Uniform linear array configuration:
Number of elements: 24
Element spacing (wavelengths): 0.5
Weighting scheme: cosine
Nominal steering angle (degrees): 0
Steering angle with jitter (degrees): -1.878
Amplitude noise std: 0.05
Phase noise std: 0.05

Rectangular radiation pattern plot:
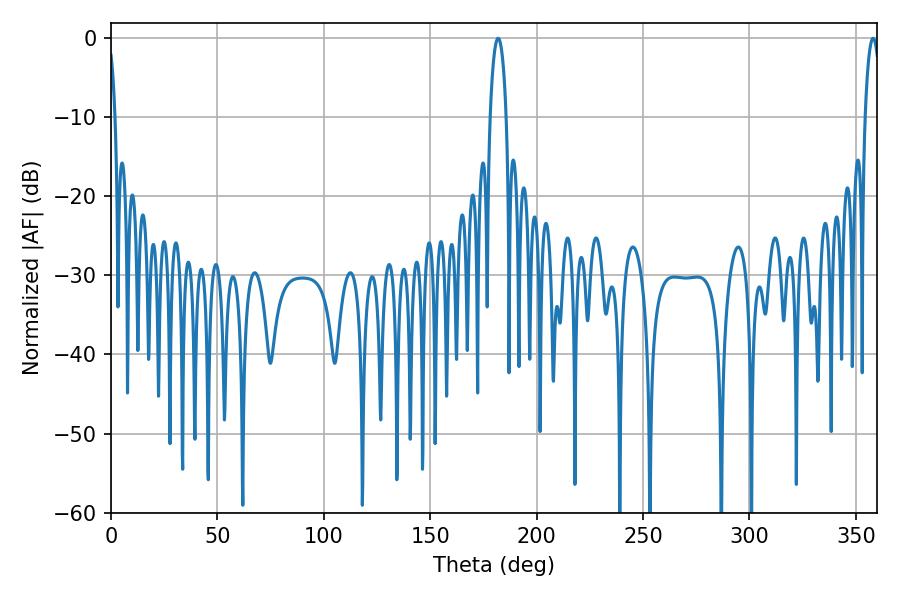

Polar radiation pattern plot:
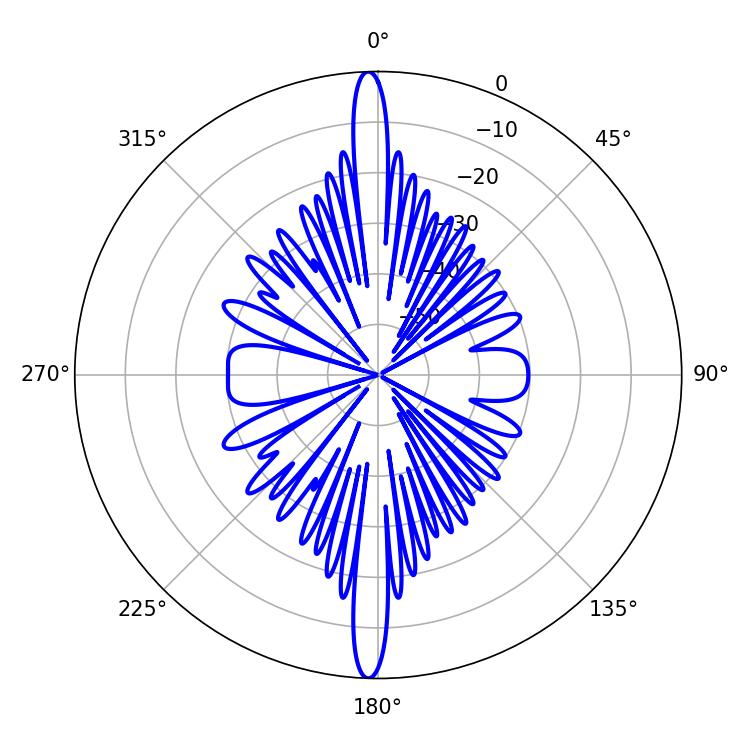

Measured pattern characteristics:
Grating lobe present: FALSE
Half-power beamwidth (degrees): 4.14
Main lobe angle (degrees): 181.98